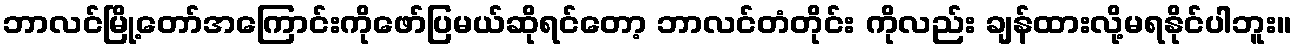
ဘာလင်မြို့တော်အကြောင်းကိုဖော်ပြမယ်ဆိုရင်တော့ ဘာလင်တံတိုင်း ကိုလည်း ချန်ထားလို့မရနိုင်ပါဘူး။